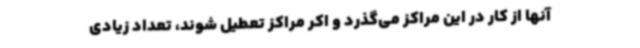
آنها از کار در این مراکز می‌گذرد و اکر مراکز تعطیل شوند، تعداد زیادی